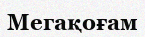
Мегақоғам